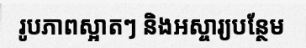
រូបភាពស្អាតៗ និងអស្ចារ្យបន្ថែម